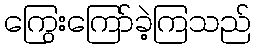
ကြွေးကြော်ခဲ့ကြသည်